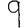
Digit: 9